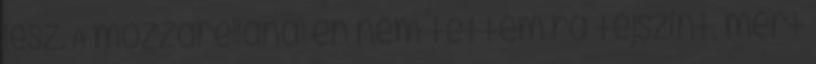
lesz. A mozzarellánál én nem tettem rá tejszínt, mert